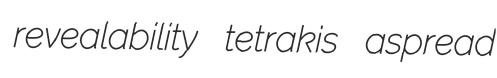
revealability tetrakis aspread